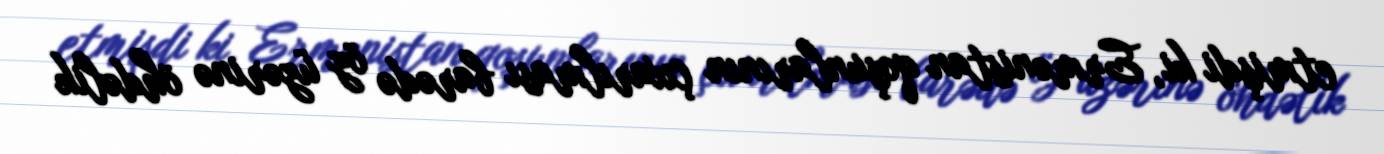
etmişdi ki, Ermənistan qoşunlarının çıxarılması barədə öz üzərinə öhdəlik